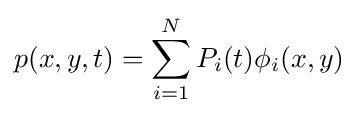
p(x,y,t)=\sum _{i=1}^{N}P_{i}(t)\phi _{i}(x,y)